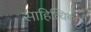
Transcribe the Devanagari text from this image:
साहित्यिकाची